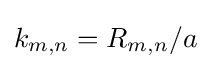
k_{m,n}=R_{m,n}/a